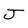
Character: J